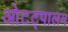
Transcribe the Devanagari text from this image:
ओटट्पालम